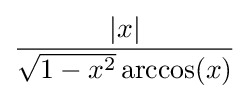
{\frac {|x|}{{\sqrt {1-x^{2}}}\arccos(x)}}